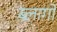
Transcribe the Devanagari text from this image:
ब्लागों